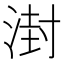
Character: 湗